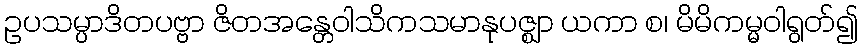
ဥပသမ္ပာဒိတပဗ္ဗာ ဇိတအန္တေဝါသိကသမာနုပဇ္ဈာ ယကာ စ၊ မိမိကမ္မဝါရွတ်၍